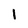
Character: 1